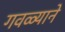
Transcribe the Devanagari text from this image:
गवळ्याने